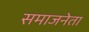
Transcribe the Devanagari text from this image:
समाजनेता